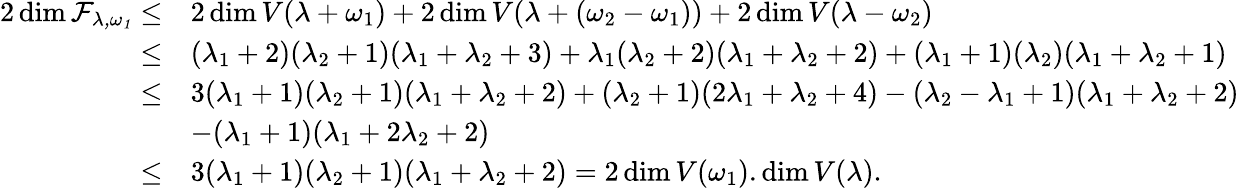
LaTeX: \begin{array}{rl}{2\dim\cal F_{\lambda,\omega_{1}}\leq}&{2\dim V(\lambda+\omega_{1})+2\dim V(\lambda+(\omega_{2}-\omega_{1}))+2\dim V(\lambda-\omega_{2})}\\ {\leq}&{(\lambda_{1}+2)(\lambda_{2}+1)(\lambda_{1}+\lambda_{2}+3)+\lambda_{1}(\lambda_{2}+2)(\lambda_{1}+\lambda_{2}+2)+(\lambda_{1}+1)(\lambda_{2})(\lambda_{1}+\lambda_{2}+1)}\\ {\leq}&{3(\lambda_{1}+1)(\lambda_{2}+1)(\lambda_{1}+\lambda_{2}+2)+(\lambda_{2}+1)(2\lambda_{1}+\lambda_{2}+4)-(\lambda_{2}-\lambda_{1}+1)(\lambda_{1}+\lambda_{2}+2)}\\ &{-(\lambda_{1}+1)(\lambda_{1}+2\lambda_{2}+2)}\\ {\leq}&{3(\lambda_{1}+1)(\lambda_{2}+1)(\lambda_{1}+\lambda_{2}+2)=2\dim V(\omega_{1}).\dim V(\lambda).}\end{array}